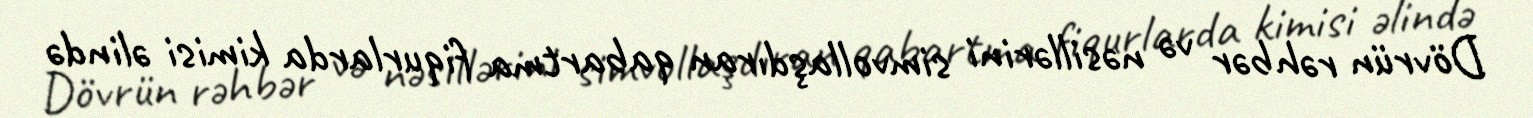
Dövrün rəhbər və nəsillərini simvollaşdıran qabartma fiqurlarda kimisi əlində